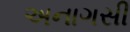
અનાગસી